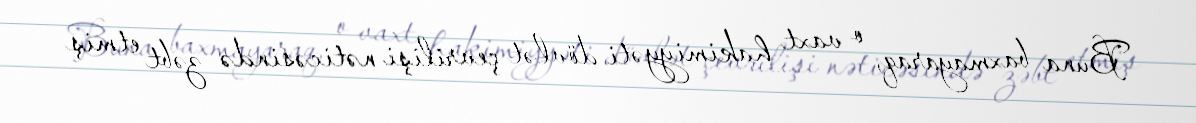
Buna baxmayaraq, o vaxt hakimiyyəti dövlət çevrilişi nəticəsində zəbt etmiş